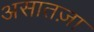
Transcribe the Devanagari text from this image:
असातज़ा